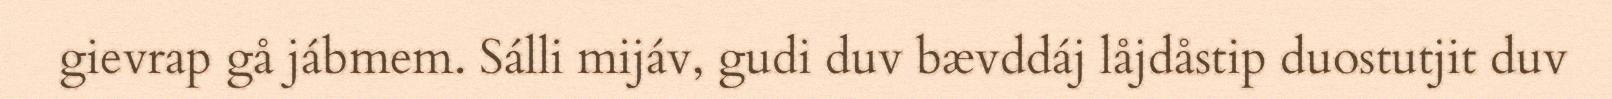
gievrap gå jábmem. Sálli mijáv, gudi duv bævddáj låjdåstip duostutjit duv